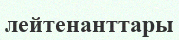
лейтенанттары